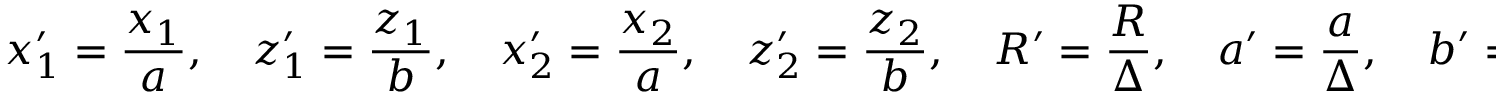
x _ { 1 } ^ { \prime } = \frac { x _ { 1 } } { a } , \quad z _ { 1 } ^ { \prime } = \frac { z _ { 1 } } { b } , \quad x _ { 2 } ^ { \prime } = \frac { x _ { 2 } } { a } , \quad z _ { 2 } ^ { \prime } = \frac { z _ { 2 } } { b } , \quad R ^ { \prime } = \frac { R } { \Delta } , \quad a ^ { \prime } = \frac { a } { \Delta } , \quad b ^ { \prime } = \frac { b } { \Delta } .